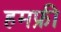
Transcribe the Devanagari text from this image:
हमफ्री